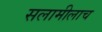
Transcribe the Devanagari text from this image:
सलामीलाच